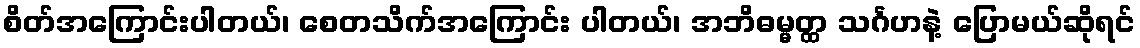
စိတ်အကြောင်းပါတယ်၊ စေတသိက်အကြောင်း ပါတယ်၊ အဘိဓမ္မတ္ထ သင်္ဂဟနဲ့ ပြောမယ်ဆိုရင်